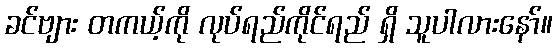
ခင်ဗျား တကယ့်ကို လုပ်ရည်ကိုင်ရည် ရှိ သူပါလားနော်။